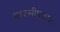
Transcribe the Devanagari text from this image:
पारसीप्रकाश